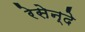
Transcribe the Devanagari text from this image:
रेसेन्दे